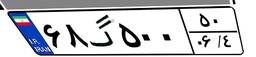
۶۸گ۵۰۰۵۰